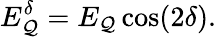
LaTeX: E_{\mathcal{Q}}^{\delta}=E_{\mathcal{Q}}\cos(2\delta).